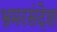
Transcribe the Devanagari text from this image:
भ्रमरसंदेश